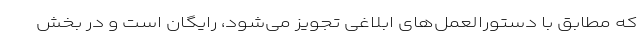
که مطابق با دستورالعمل‌های ابلاغی تجویز می‌شود، رایگان است و در بخش